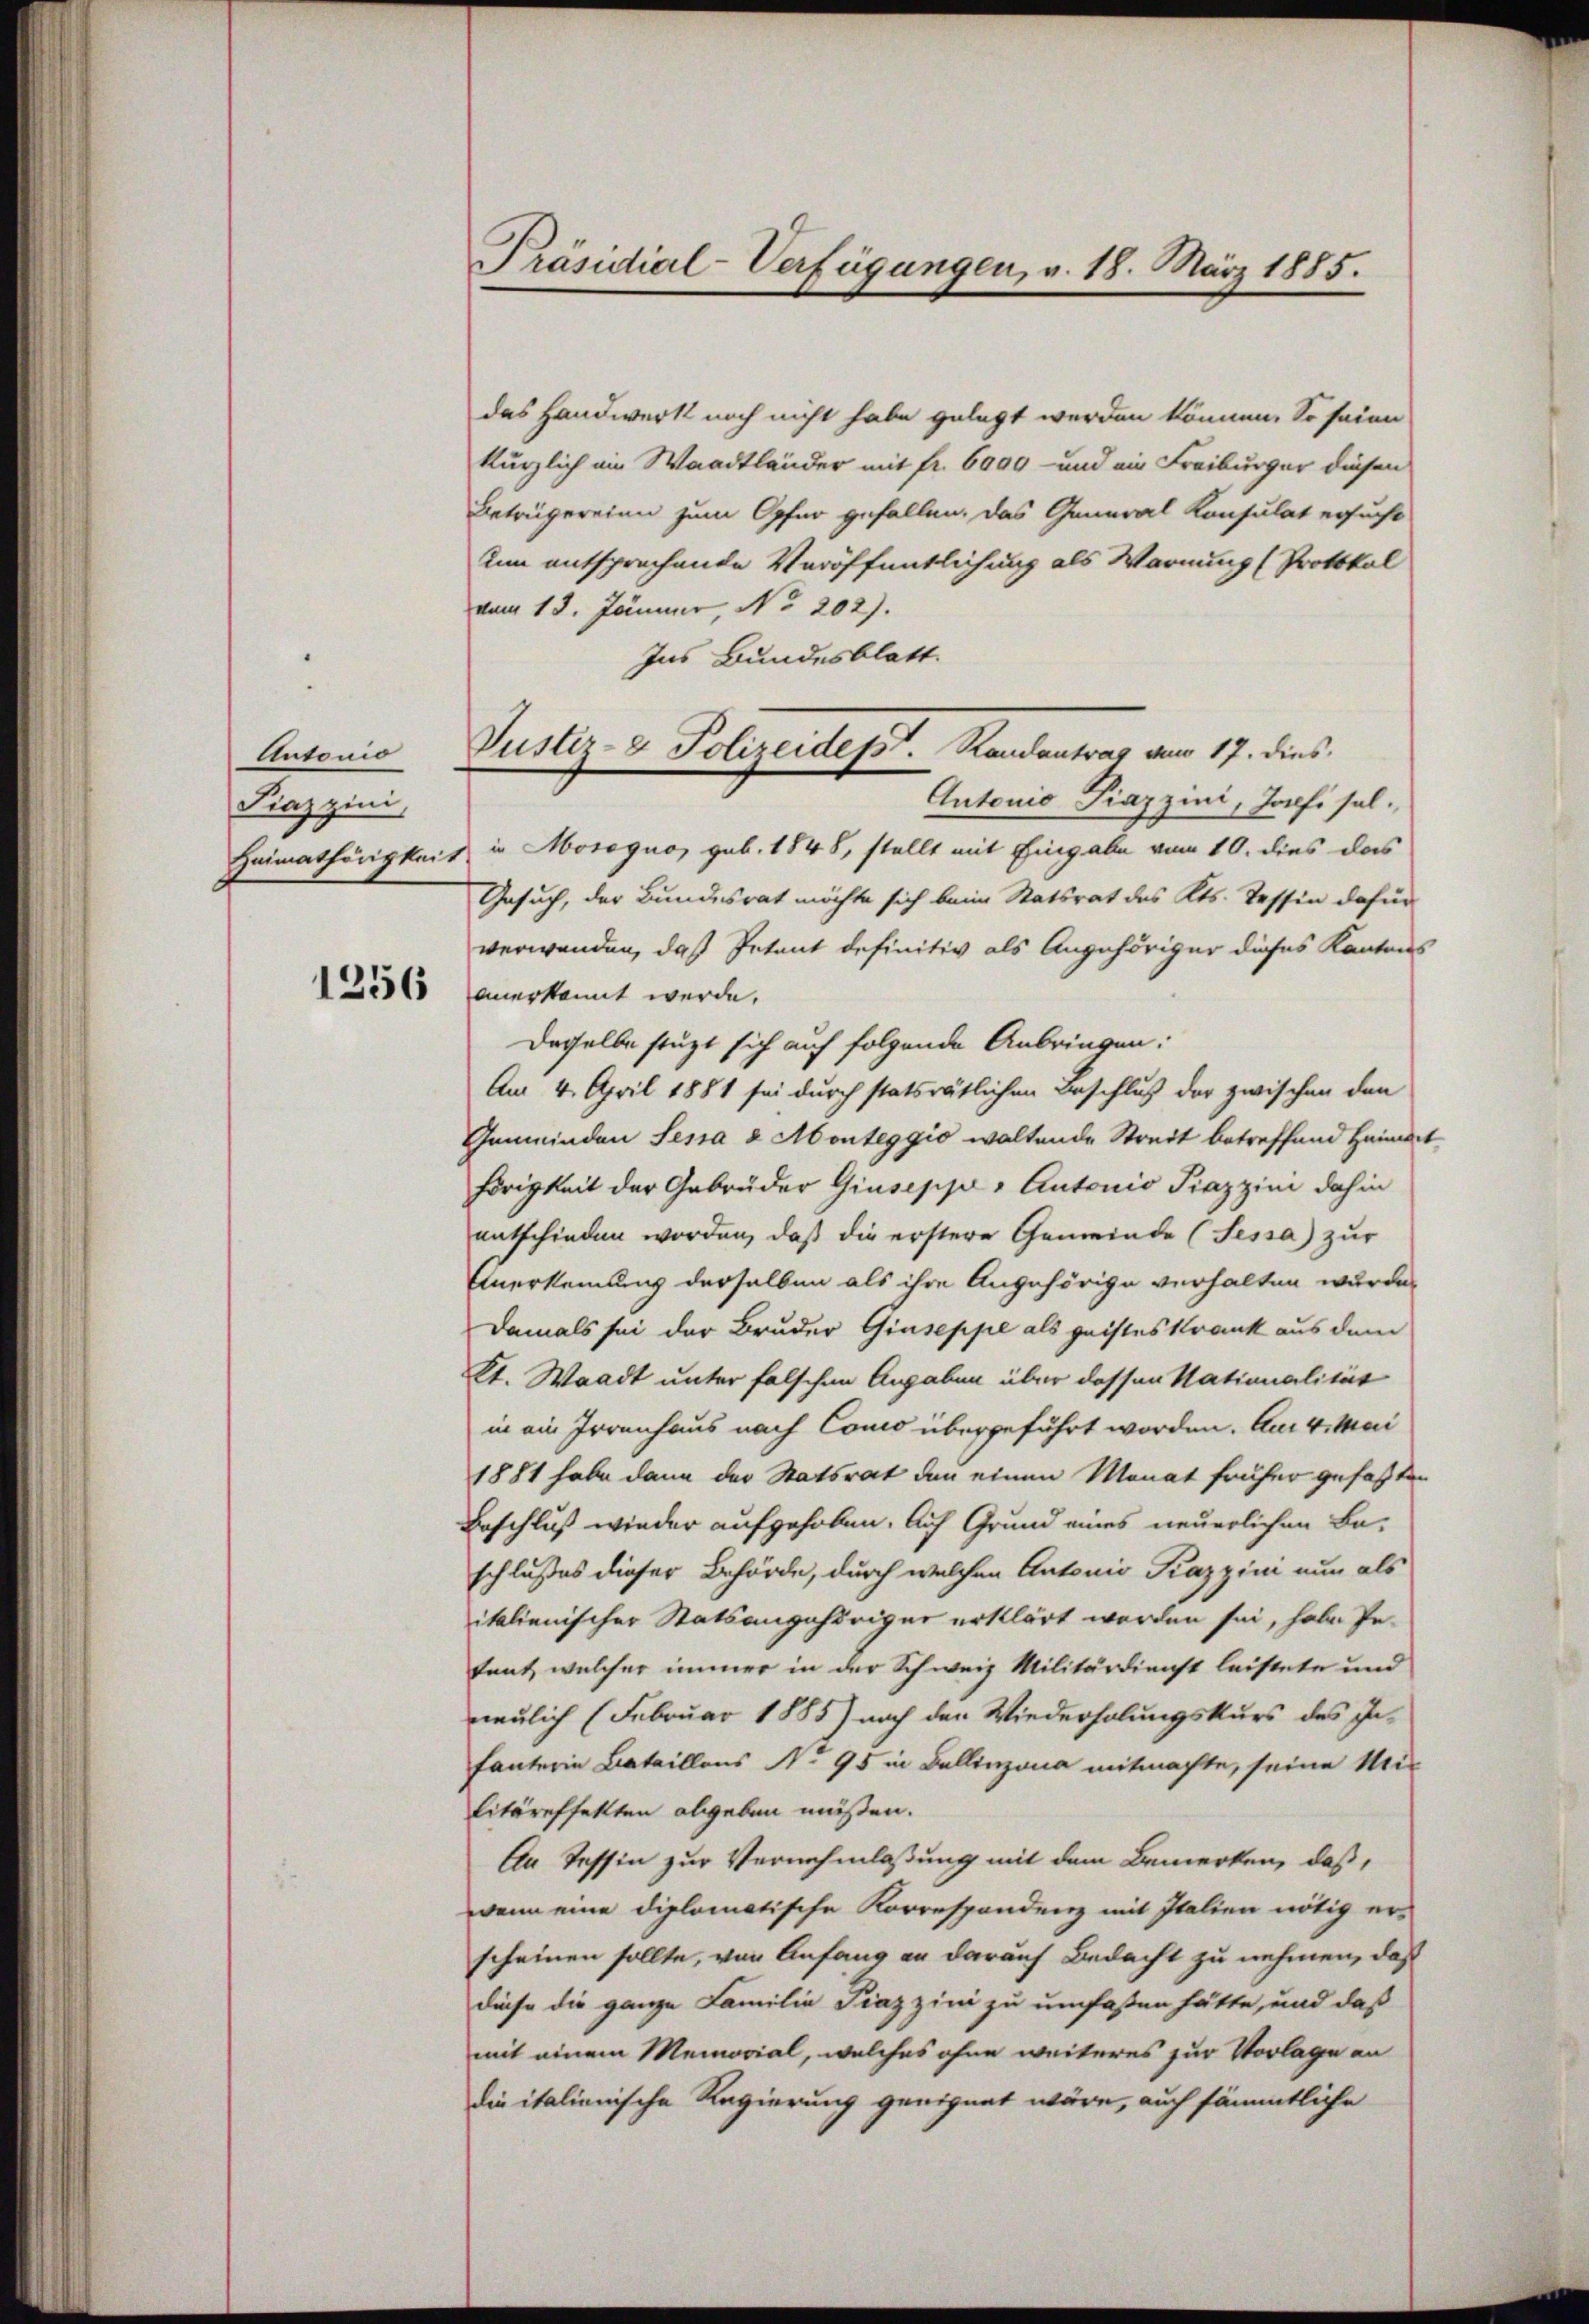
Autonio
Piazzini,
Heimathörigkeit

1256

Präsidial-Verfügungen, v. 18. März 1885.

Justiz- & Polizeidept. Randantrag vom 17. dies

das Handwerk noch nicht habe gelegt werden können. So seien
kürzlich ein Waadtländer mit fr. 6000 - und ein Freiburger diesen
Betrügereien zum Opfer gefallen, das General Konsulat ersucht
uum entsprechende Veröffentlichung als Warnung (Protokol
vom 13. Jänner, No 202).
Ins Bundesblatt.
Antonio Piazzini, Jolfi solin Mosogno, geb. 1848, stellt mit Eingabe vom 10. dies das
Gesuch, der Bundesrat möchte sich beim Statsrat des Kts. Tessin dafür
verwanden, daß Petent definitiv als Angehöriger dieses Kantons
anerkannt werde.
desselbe stüzt sich auf folgende Anbringen:
Am 4. April 1881 sei durch statsrätlichen Beschluß der zwischen den
Gemeinden Sepa 2 Monteggio waltende Streit betreffend Heiman
hörigkeit der Gebrüder Giuseppe, Autonio Piazzini dahin
entschieden worden, daß die erstere Gemeinde (Tessa zur
Anerkennung derselben als ihre Angehörige verhalten wurde.
Damals sei der Bruder Giuseppe als geistes Krank aus dem
Kt. Waadt unter falschen Angaben über dessen Nationalität
in ein Irrenhaus nach Como übergeführt worden. Am 4. Mai
1881 habe dann der Statsrat den einen Monat früher gefaßten
Beschluß wieder aufgehoben. Auf Grund eines neuerlichen Be-
schlußes dieser Behörde, durch welchen Antonio Kazzini nun als
italienischer Statsangehöriger erklärt werden sei, habe Pe-
tant, welcher immer in der Schweiz Militärdienst leistete und
neulich (Februar 1885) nach den Wiederholungskurs des Infanterin Bataillons N. 95 in Ballinzona mitmachte, seine Militäreffekten abgeben müßen.
An Tessin zur Vernehmlassung mit dem Bemerken, daß,
wenn eine diplomatische Korrespondenz mit Italien nötig er-
scheinen sollte, von Anfang an darauf Bedacht zu nehmen, daß
diese die ganze Familie Piazzini zu umfaßen hätte, und daß
mit einem Memorial, welches ohne weiteres zur Vorlage an
die italienische Regierung geeignet wäre, auch sämmtliche